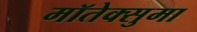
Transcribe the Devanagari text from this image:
मॉतेक्सुमा